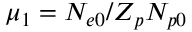
\mu _ { 1 } = N _ { e 0 } / Z _ { p } N _ { p 0 }